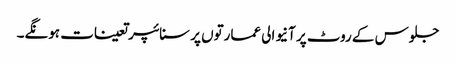
جلوس کے روٹ پر آنیوالی عمارتوں پر سنائپر تعینات ہونگے۔